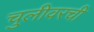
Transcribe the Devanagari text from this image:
चुलीवरची